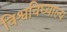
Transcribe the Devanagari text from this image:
विश्वविघ्याल्य